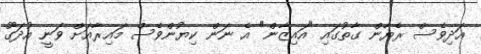
އަދިވެސް ރެޔާން ގާތުގައި "އައިޒާން" އެ ނަން ކިޔުންވެސް މައިރާއަށް ވަނީ އުދަގޫ